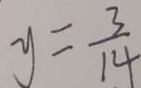
y = \frac { 3 } { 1 4 }